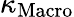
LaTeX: \kappa_{\mathrm{Macro}}